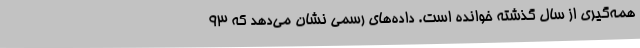
همه‌گیری از سال گذشته خوانده است. داده‌های رسمی نشان می‌دهد که 93